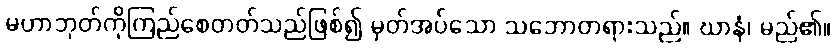
မဟာဘုတ်ကိုကြည်စေတတ်သည်ဖြစ်၍ မှတ်အပ်သော သဘောတရားသည်။ ဃာနံ၊ မည်၏။